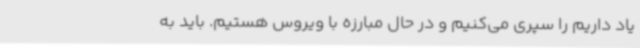
یاد داریم را سپری می‌کنیم و در حال مبارزه با ویروس هستیم. باید به